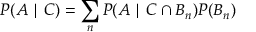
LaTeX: P ( A \mid C ) = \sum _ { n } P ( A \mid C \cap B _ { n } ) P ( B _ { n } )